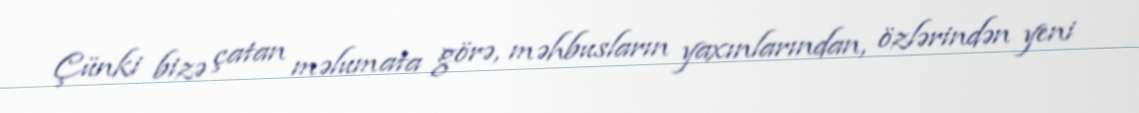
Çünki bizə çatan məlumata görə, məhbusların yaxınlarından, özlərindən yeni